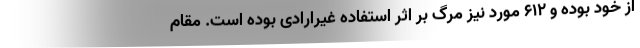
از خود بوده و ۶۱۲ مورد نیز مرگ بر اثر استفاده غیرارادی بوده است. مقام